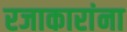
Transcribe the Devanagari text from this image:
रजाकारांना